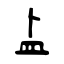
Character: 盀